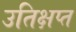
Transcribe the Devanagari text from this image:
उतिक्षप्त